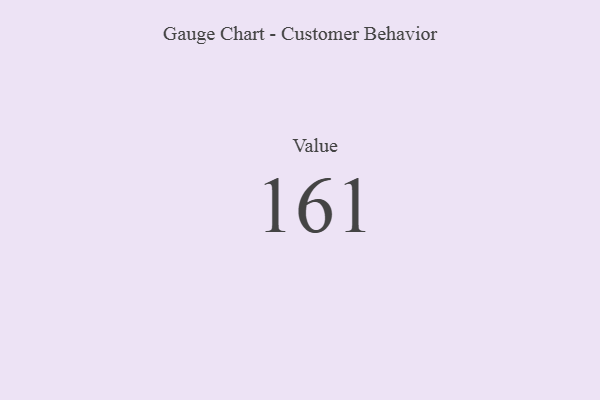
{"axis": {"x": "Metric", "y": "Value"}, "legend": [""], "data": [{"x": "Value", "y": 161, "type": ""}]}